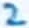
Text: 2